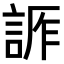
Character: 𧨊